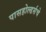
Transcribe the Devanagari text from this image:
पासहोल्डर्सचे